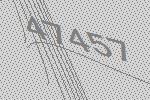
47457